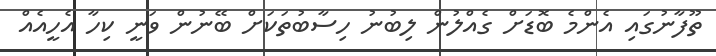
ތޫފާނުގައި އެންމެ ބޮޑަށް ގެއްލުން ލިބުނު ހިސާބުތަކަށް ބޭނުން ވަނީ ކިހާ އެހީއެއް